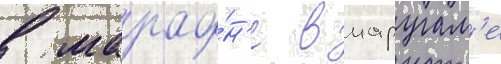
в марафо́н'е в маругам'е